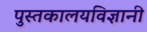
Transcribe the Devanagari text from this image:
पुस्तकालयविज्ञानी